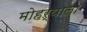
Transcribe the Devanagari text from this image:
मोहऱ्याला